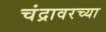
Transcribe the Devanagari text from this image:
चंद्रावरच्या